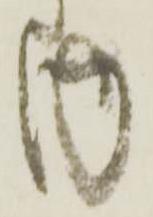
内